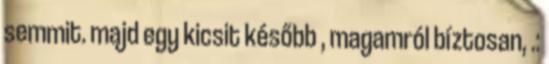
semmit. majd egy kicsit később , magamról bíztosan, .: